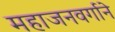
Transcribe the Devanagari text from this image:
महाजनवर्गाने